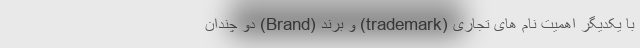
با یکدیگر اهمیت نام های تجاری (trademark) و برند (Brand) دو چندان